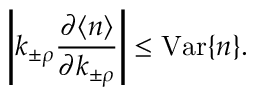
\left| k _ { \pm \rho } \frac { \partial \langle n \rangle } { \partial k _ { \pm \rho } } \right| \leq \mathrm { V a r } \{ n \} .